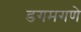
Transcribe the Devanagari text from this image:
डगमगणे